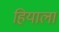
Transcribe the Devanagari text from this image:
हियाला